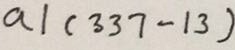
a \vert ( 3 3 7 - 1 3 )